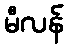
မီလန်